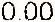
0.00